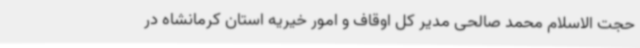
حجت الاسلام محمد صالحی مدیر کل اوقاف و امور خیریه استان کرمانشاه در